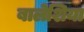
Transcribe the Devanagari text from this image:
बालेशिया